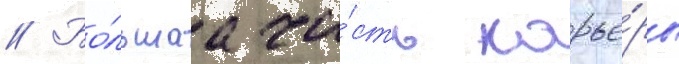
// Бо́льшаа ча́сть карье́ры